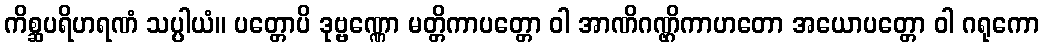
ကိစ္ဆပရိဟရဏံ သပ္ပါယံ။ ပတ္တောပိ ဒုဗ္ဗဏ္ဏော မတ္တိကာပတ္တော ဝါ အာဏိဂဏ္ဌိကာဟတော အယောပတ္တော ဝါ ဂရုကော